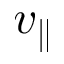
v _ { \parallel }